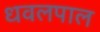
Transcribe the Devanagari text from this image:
धवलपाल